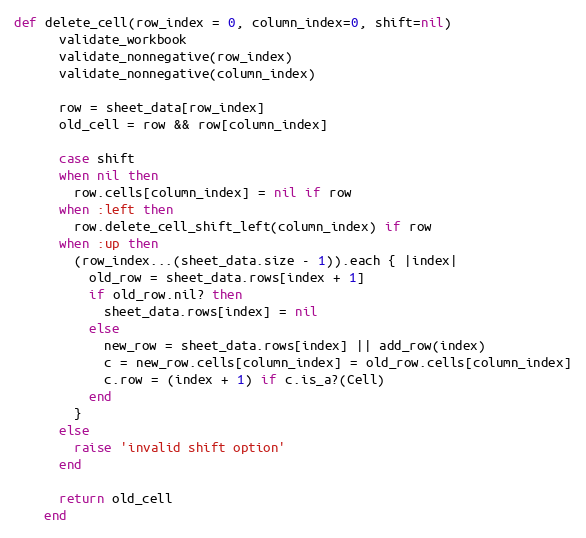
Language: Ruby
def delete_cell(row_index = 0, column_index=0, shift=nil)
      validate_workbook
      validate_nonnegative(row_index)
      validate_nonnegative(column_index)

      row = sheet_data[row_index]
      old_cell = row && row[column_index]

      case shift
      when nil then
        row.cells[column_index] = nil if row
      when :left then
        row.delete_cell_shift_left(column_index) if row
      when :up then
        (row_index...(sheet_data.size - 1)).each { |index|
          old_row = sheet_data.rows[index + 1]
          if old_row.nil? then
            sheet_data.rows[index] = nil
          else
            new_row = sheet_data.rows[index] || add_row(index)
            c = new_row.cells[column_index] = old_row.cells[column_index]
            c.row = (index + 1) if c.is_a?(Cell)
          end
        }
      else
        raise 'invalid shift option'
      end

      return old_cell
    end